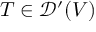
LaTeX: T \in { \mathcal { D } } ^ { \prime } ( V )